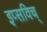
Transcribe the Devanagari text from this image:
इप्सविच्‌